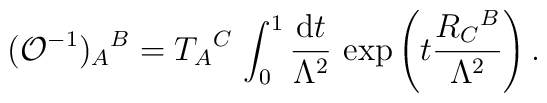
({\cal O}^{-1})_A{}^B=   T_A{}^C\, \int^1_0\frac{{\rm d} t}{\Lambda^2}\,   \exp\left(t\frac{R_C{}^B}{\Lambda^2}\right).